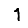
Digit: 1